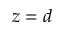
z = d